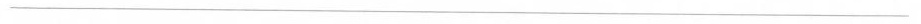
___